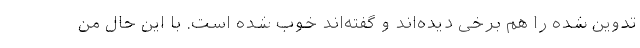
تدوین شده را هم برخی دیده‌اند و گفته‌اند خوب شده است. با این حال من